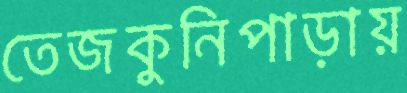
তেজকুনিপাড়ায়